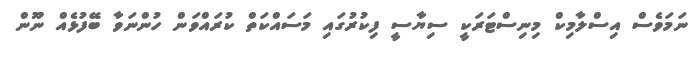
ނަމަވެސް އިސްލާމިކް މިނިސްޓަރަކީ ސިޔާސީ ފިކުރުގައި މަސައްކަތް ކުރައްވަން ހުންނަވާ ބޭފުޅެއް ނޫން